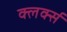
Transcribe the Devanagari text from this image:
क्लर्क्स